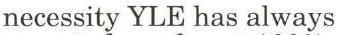
necessity YLE has always